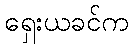
ရှေးယခင်က